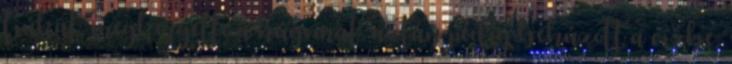
fiúkat, megkergette a húgomat, aztán pedig behúzott a vízbe,